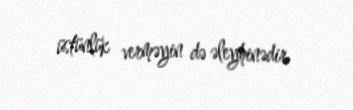
üstünlük verməyin də əleyhinədir.